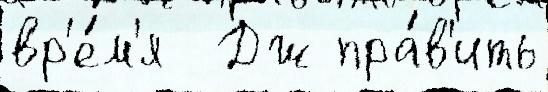
вр'е́м'я  Дж пра́в'ить